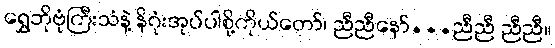
ရွှေဘိုဗုံကြီးသံနဲ့ နိဂုံးအုပ်ပါစို့ကိုယ်တော်၊ ညီညီနော်...ညီညီ ညီညီ။